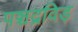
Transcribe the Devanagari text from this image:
पञ्चद्रविड़